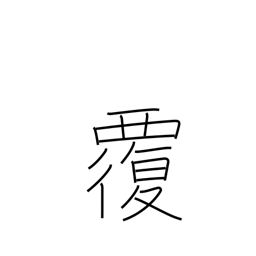
Meaning: capsize